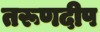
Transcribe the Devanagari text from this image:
तरूणदीप